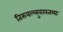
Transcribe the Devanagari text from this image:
तिरुवल्लुवरस्तथा